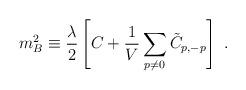
LaTeX: \begin{align*}m_B ^2\equiv {\lambda\over 2}\left[{C }+ {1\over V} \sum_{p\neq 0} \tilde{C}_{p,-p}\right]~.\end{align*}